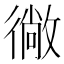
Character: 𭜂